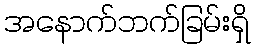
အနောက်ဘက်ခြမ်းရှိ